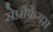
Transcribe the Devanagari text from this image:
सेप्रोफेगस